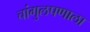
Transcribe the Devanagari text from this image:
चांगुलपणाला